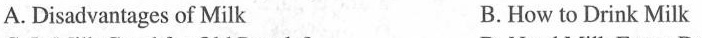
A.Disadvantages of Milk B.How to Drink Milk